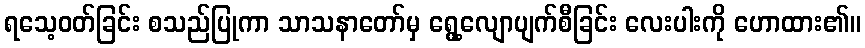
ရသေ့ဝတ်ခြင်း စသည်ပြုကာ သာသနာတော်မှ ရွေ့လျောပျက်စီခြင်း လေးပါးကို ဟောထား၏။